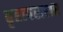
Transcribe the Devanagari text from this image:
बृहत्पराशर